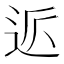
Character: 𲅔